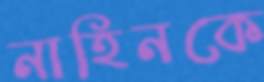
নাহিনকে